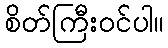
စိတ်ကြီးဝင်ပါ။